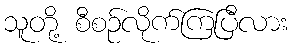
သူတို့ စီစဉ်လိုက်ကြပြီလား